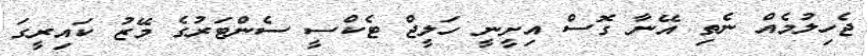
ޖެހިލުމެއް ނެތި އޭނާ ގޮސް އިށީނީ ހަލީޖް ޓެކްސީ ސެންޓަރުގެ މޭޒު ކައިރީގަ